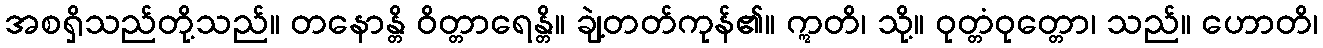
အစရှိသည်တို့သည်။ တနောန္တိ ဝိတ္တာရေန္တိ။ ချဲ့တတ်ကုန်၏။ ဣတိ၊ သို့။ ဝုတ္တံဝုတ္တော၊ သည်။ ဟောတိ၊